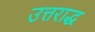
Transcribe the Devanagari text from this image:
उत्तराद्ध